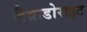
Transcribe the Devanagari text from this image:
लैब्राडोराइट